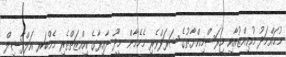
މުޙައްމަދު މުޢިއްޒުއާއި މިރަސްމިއްޔާތުގެ ޝަރަފްވެރި މެހެމާން މީދޫ ދާއިރާގެ އިއްޒަތްތެރި މެމްބަރ އަލްފާޟިލް